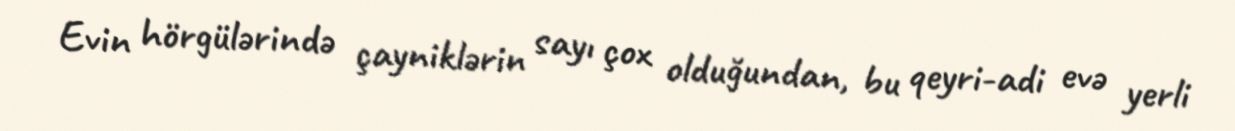
Evin hörgülərində çayniklərin sayı çox olduğundan, bu qeyri-adi evə yerli